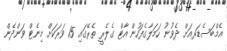
އެމްބަސެޑަރއަށް ދެވުނު ހަމަލާގެފަހުން އާޓް ގެލެރީ ތެރޭގައި 15 ވަރަކަށް މިނެޓް ވަންދެން